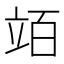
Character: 竡